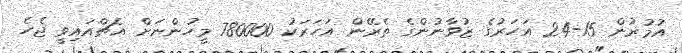
އުމުރުން 15-24 އަހަރުގެ ޒުވާނުންގެ ތެރޭން އަހަރަކު 780000 މީހުންނަށް އެޗްއައިވީ ޖެހެ